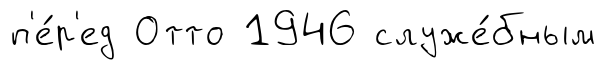
п'е́р'ед Отто 1946 служе́бным